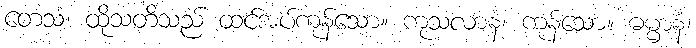
တေသံ၊ ထိုသတိသည် ထင်အပ်ကုန်သော။ ကုသလာနံ၊ ကုန်သော။ ဓမ္မာနံ၊